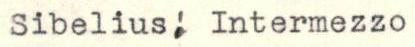
Sibelius; Intermezzo